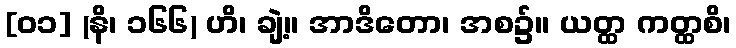
[၀၁] (နိ၊ ၁၆၆) ဟိ၊ ချဲ့။ အာဒိတော၊ အစ၌။ ယတ္ထ ကတ္ထစိ၊